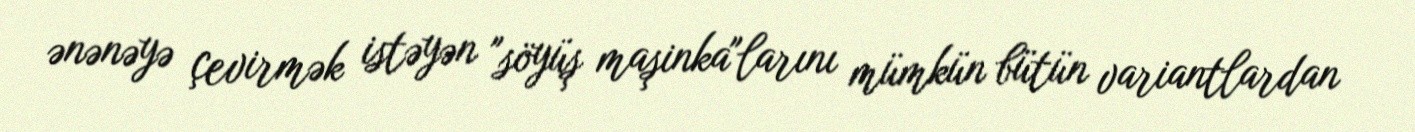
ənənəyə çevirmək istəyən "söyüş maşinka"larını mümkün bütün variantlardan